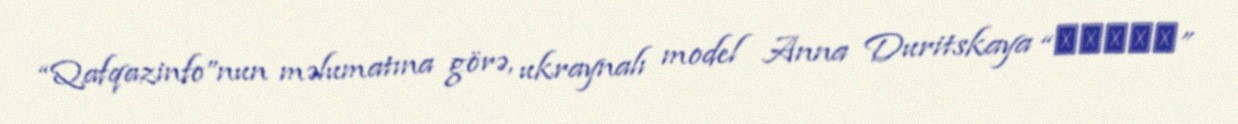
“Qafqazinfo”nun məlumatına görə, ukraynalı model Anna Duritskaya “Дождь”